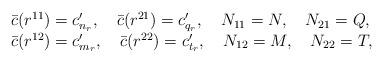
LaTeX: \begin{align*}\begin{array}{l}\bar{c}(r^{11})=c'_{n_{r}},\quad \bar{c}(r^{21})=c'_{q_{r}},\quad N_{11}=N, \quad N_{21}=Q, \\\bar{c}(r^{12})=c'_{m_{r}}, \quad \bar{c}(r^{22})=c'_{t_{r}},\quad N_{12}=M, \quad N_{22}=T,\end{array}\end{align*}